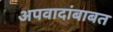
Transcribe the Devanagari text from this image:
अपवादांबाबत